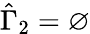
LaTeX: \hat{\Gamma}_{2}=\varnothing